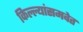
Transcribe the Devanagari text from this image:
किल्ल्यांसमवेत